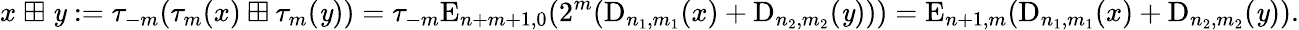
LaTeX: x\ {\boxplus}\ \mathit{y}:=\tau_{-m}(\tau_{m}(x)\boxplus\tau_{m}(\mathit{y}))=\tau_{-m}\mathrm{{E}}_{n+m+1,0}(2^{m}(\mathrm{{D}}_{n_{1},m_{1}}(x)+\mathrm{{D}}_{n_{2},m_{2}}(\mathit{y})))=\mathrm{{E}}_{n+1,m}(\mathrm{{D}}_{n_{1},m_{1}}(x)+\mathrm{{D}}_{n_{2},m_{2}}(\mathit{y})).